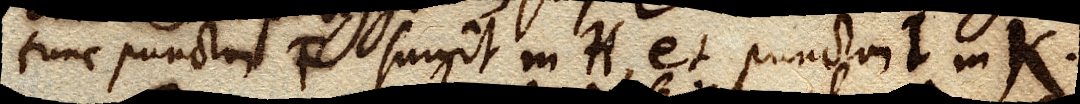
tunc punctum F surgit in H, et punctum I in K.